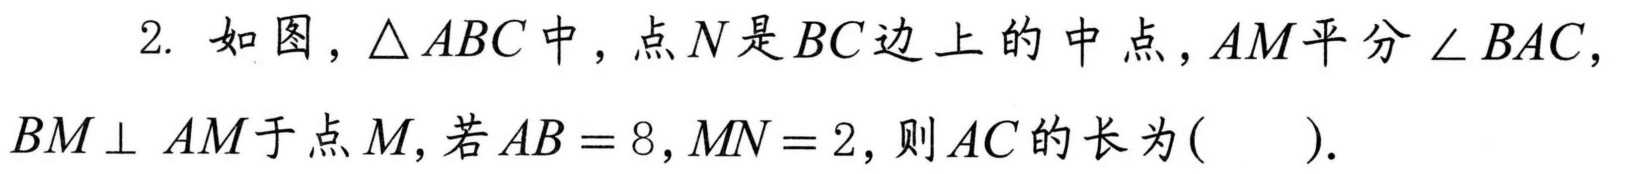
2. 如图，\(\triangle ABC\)中，点\(N\)是\(BC\)边上的中点，\(AM\)平分\(\angle BAC\)，\(BM\perp AM\)于点\(M\)，若\(AB = 8,MN = 2\)，则\(AC\)的长为( ).